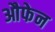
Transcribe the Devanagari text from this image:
औफेन